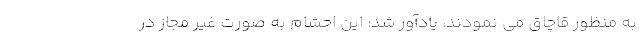
به منظور قاچاق می نمودند، یادآور شد: این احشام به صورت غیر مجاز در